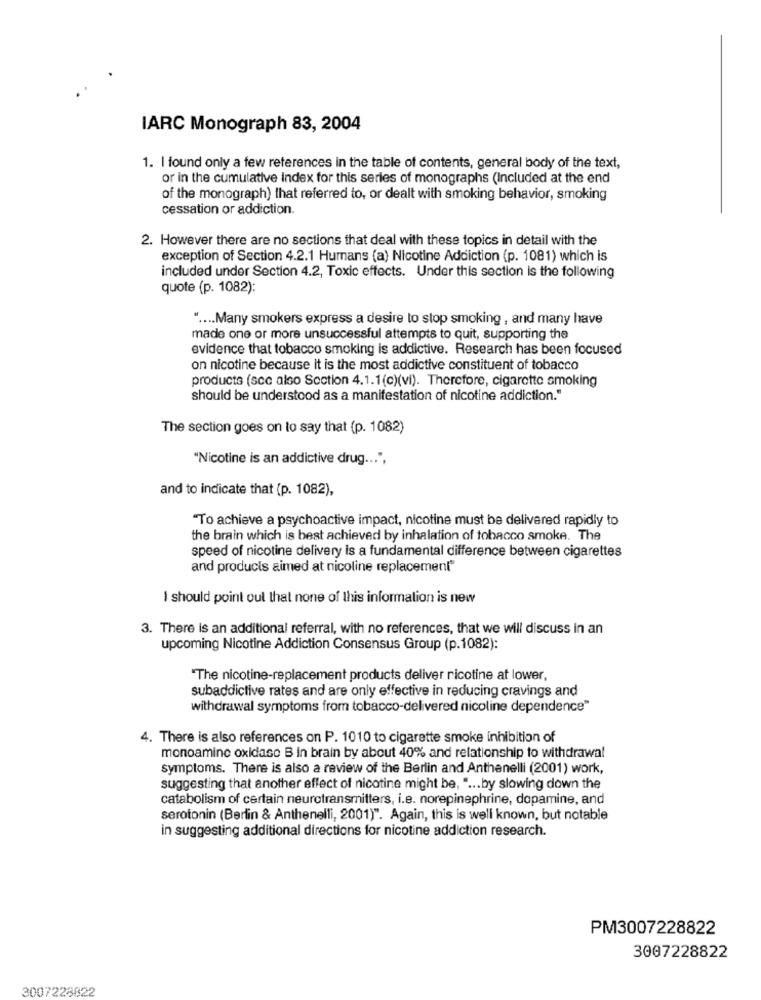
IARC Monograph 83, 2004
1. I found only a few references in the table of contents, general body of the text,
or in the cumulative Index for this series of monographs (Included at the end
of the monograph) that referred to, or dealt with smoking behavior, smoking
cessation or addiction.
2. However there are no sections that deal with these topics in detail with the
exception of Section 4.2.1 Humans (a) Nicotine Addiction (p. 1081) which is
included under Section 4.2, Toxic effects. Under this section is the following
quote (p. 1082):
" .... Many smokers express a desire to stop smoking , and many have
made one or more unsuccessful attempts to quit, supporting the
evidence that tobacco smoking is addictive. Research has been focused
on nicotine because it is the most addictive constituent of tobacco
products (scc also Section 4.1.1(c)(vi). Therefore, cigarette smoking
should be understood as a manifestation of nicotine addiction."
The section goes on to say that (p. 1082)
"Nicotine is an addictive drug ... ",
and to indicate that (p. 1082),
"To achieve a psychoactive impact, nicotine must be delivered rapidly to
the brain which is best achieved by inhalation of tobacco smoke. The
speed of nicotine delivery is a fundamental difference between cigarettes
and products aimed at nicoline replacement"
I should point out that none of this information is new
3. There is an additional referral, with no references, that we will discuss in an
upcoming Nicotine Addiction Consensus Group (p.1082):
"The nicotine-replacement products deliver nicotine at lower,
subaddictive rates and are only effective in reducing cravings and
withdrawal symptoms from tobacco-delivered nicoline dependence"
4. There is also references on P. 1010 to cigarette smoke inhibition of
monoamine oxidase B in brain by about 40% and relationship to withdrawal
symptoms. There is also a review of the Berlin and Anthenelli (2001) work,
suggesting that another effect of nicotine might be, " ... by slowing down the
catabolismof certain neurotransmitters, i.e. norepinephrine, dopamine, and
serotonin (Berlin & Anthenelli, 2001)". Again, this is well known, but notable
in suggesting additional directions for nicotine addiction research.
PM3007228822
3007228822
3007228822